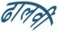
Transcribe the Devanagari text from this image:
ढालवीं